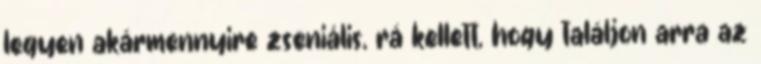
legyen akármennyire zseniális, rá kellett, hogy találjon arra az